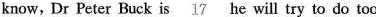
know, Dr Peter Buck is \underline{17} he will try to do too